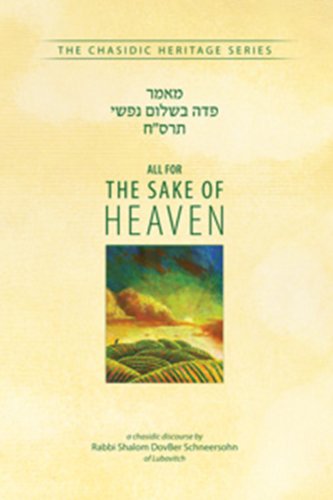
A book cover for All for the Sake of Heaven (CHS) (Chassidic Heritage); Rabbi Shalom DovBer Schneersohn; Religion & Spirituality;